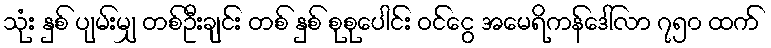
သုံး နှစ် ပျမ်းမျှ တစ်ဦးချင်း တစ် နှစ် စုစုပေါင်း ဝင်ငွေ အမေရိကန်ဒေါ်လာ ၇၅၀ ထက်